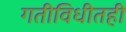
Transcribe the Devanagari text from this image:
गतीविधीतही